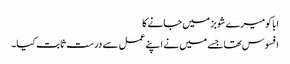
ابا کومیرے شوبز میں جانے کا
افسوس تھا جسے میں نے اپنے عمل سے درست ثابت کیا۔